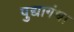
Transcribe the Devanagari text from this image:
पुद्यागंधा